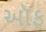
ઑફ